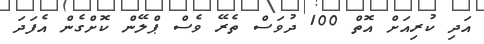
އަދި ކުރިއަށް އޮތް 100 ދުވަސް ތެރޭ ވެސް ޕްލޭން ކޮށްގެން އެފަދަ